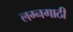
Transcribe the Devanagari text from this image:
लग्नगाठी